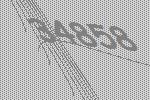
34858